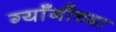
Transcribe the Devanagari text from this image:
ग्याँगीच्या